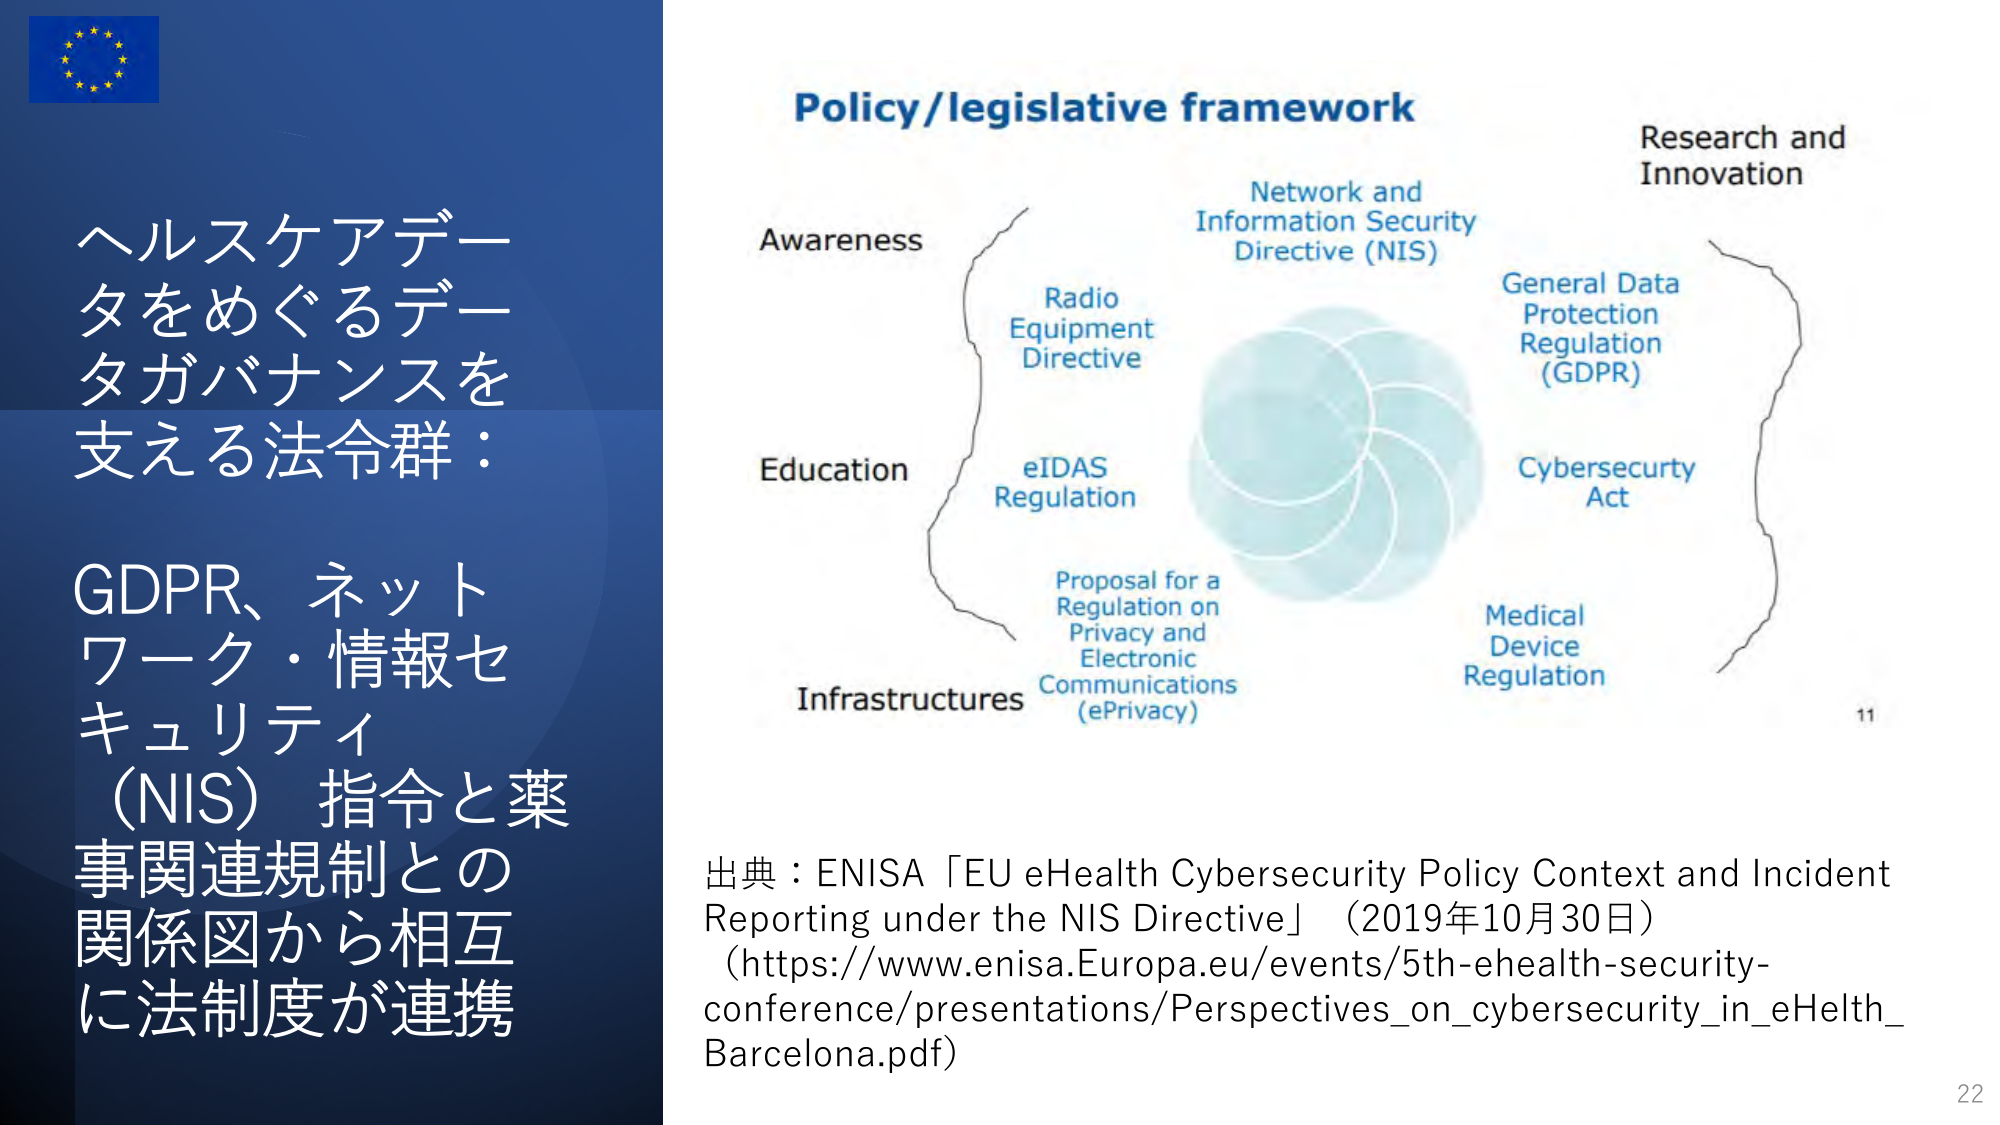
ヘルスケアデータをめぐるデータガバナンスを支える法令群：
GDPR、ネットワーク・情報セキュリティ（NIS）指令と薬事関連規制との関係図から相互に法制度が連携

Policy/legislative framework
Awareness
Education
Infrastructures
Radio Equipment Directive
eIDAS Regulation
Proposal for a Regulation on Privacy and Electronic Communications (ePrivacy)
Network and Information Security Directive (NIS)
General Data Protection Regulation (GDPR)
Cybersecurity Act
Medical Device Regulation
Research and Innovation

出典：ENISA「EU eHealth Cybersecurity Policy Context and Incident Reporting under the NIS Directive」（2019年10月30日）
(https://www.enisa.Europa.eu/events/5th-ehealth-security-conference/presentations/Perspectives_on_cybersecurity_in_eHelth_Barcelona.pdf)

11
22